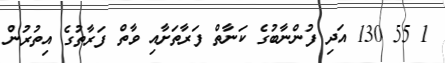
1 55 130 އަދި ފުންނާބުގެ ކަނާތް ފަރާތަށާއި ވާތް ފަރާތުގެ އިތުރުން